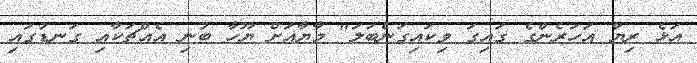
އަޅެ ރިޔާ އަހަރެންގެ ގައިގަ ވިކައިގަނެބަލަ" މާޔާއަށް ޔޫހާ ބުނި އެއްޗަކާއި ގަނޑުގައި